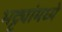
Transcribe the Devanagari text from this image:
भट्ट्यांमध्ये